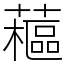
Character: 藲